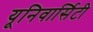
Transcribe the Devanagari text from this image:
यूनिवार्सिटी